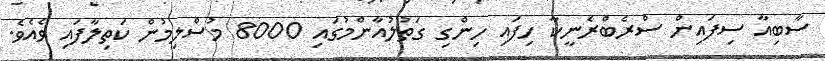
ސާބިއާ ސިފައިން ސްރެބްރެނީކާ ހިފައި ހިންގި ގަތުލުއާންމުގައި 8000 މުސްލިމުން ކަތިލާފައި ވެއެވެ.